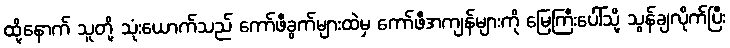
ထို့နောက် သူတို့ သုံးယောက်သည် ကော်ဖီခွက်များထဲမှ ကော်ဖီအကျန်များကို မြေကြီးပေါ်သို့ သွန်ချလိုက်ပြီး